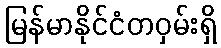
မြန်မာနိုင်ငံတဝှမ်းရှိ